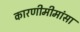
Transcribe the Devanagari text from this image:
कारणीमीमांसा